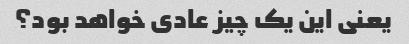
یعنی این یک چیز عادی خواهد بود؟